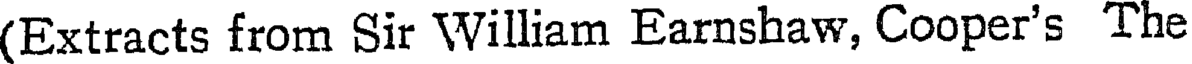
(Extracts from Sir William Earnshaw, Cooper's The